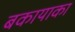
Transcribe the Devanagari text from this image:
बकायाका